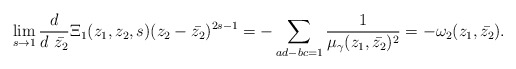
\begin{align*}\lim_{s \rightarrow 1} \frac{d}{d~\bar{z_2}}\Xi_1(z_1,z_2,s)(z_2-\bar{z_2})^{2s-1}=-\sum_{ad-bc=1}\frac{1}{\mu_{\gamma}(z_1, \bar{z_2})^2}=-\omega_2(z_1, \bar{z_2}). \end{align*}